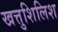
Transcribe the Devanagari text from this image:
खत्तुशिलिश